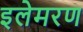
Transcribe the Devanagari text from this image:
इलेमरण